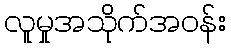
လူမှုအသိုက်အဝန်း